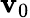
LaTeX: \mathbf{v}_{0}